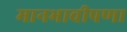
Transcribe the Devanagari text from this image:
मानभावीपणा